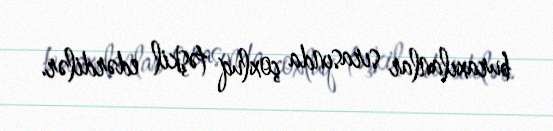
buraxılanlar sırasında çoxluq təşkil edərdilər.